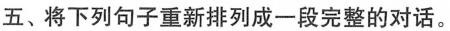
五、将下列句子重新排列成一段完整的对话.